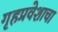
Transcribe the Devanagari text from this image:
गृहप्रवेशाचा